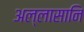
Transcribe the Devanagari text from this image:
अल्लासानि